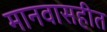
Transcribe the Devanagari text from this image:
मानवासहीत